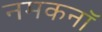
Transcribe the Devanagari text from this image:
नमकनॉ